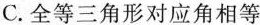
C.全等三角形对应角相等